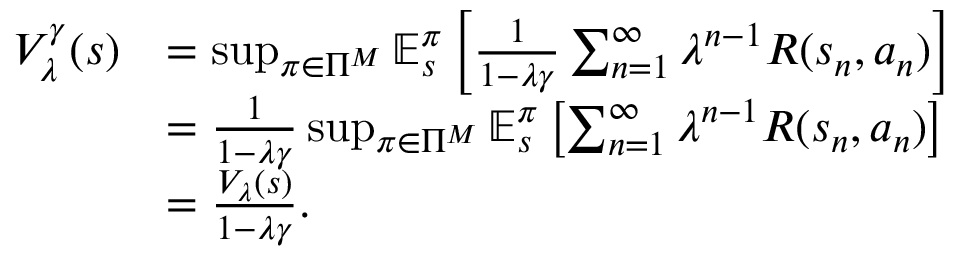
\begin{array} { r l } { V _ { \lambda } ^ { \gamma } ( s ) } & { = \operatorname* { s u p } _ { \pi \in \Pi ^ { M } } \mathbb { E } _ { s } ^ { \pi } \left[ \frac { 1 } { 1 - \lambda \gamma } \sum _ { n = 1 } ^ { \infty } \lambda ^ { n - 1 } R ( s _ { n } , a _ { n } ) \right] } \\ & { = \frac { 1 } { 1 - \lambda \gamma } \operatorname* { s u p } _ { \pi \in \Pi ^ { M } } \mathbb { E } _ { s } ^ { \pi } \left[ \sum _ { n = 1 } ^ { \infty } \lambda ^ { n - 1 } R ( s _ { n } , a _ { n } ) \right] } \\ & { = \frac { V _ { \lambda } ( s ) } { 1 - \lambda \gamma } . } \end{array}